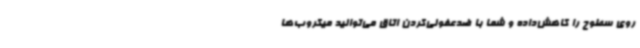
روی سطوح را کاهش‌داده و شما با ضدعفونی‌کردن اتاق می‌توانید میکروب‌ها